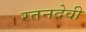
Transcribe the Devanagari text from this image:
रतनदेवी